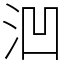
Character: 𪵲